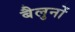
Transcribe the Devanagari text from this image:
बैलुनों